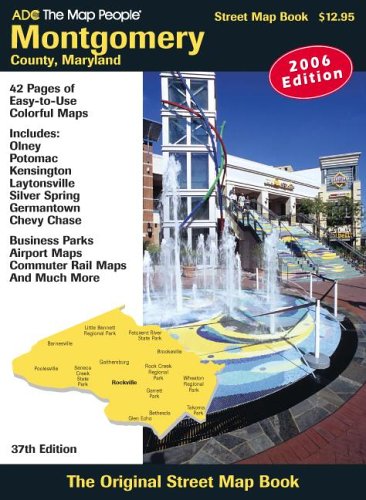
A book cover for ADC The Map People Montgomery County, Maryland: Street Map Book 2006 Edition; Travel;